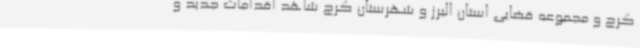
کرج و مجموعه قضایی استان البرز و شهرستان کرج شاهد اقدامات جدید و